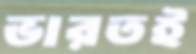
ভারতই